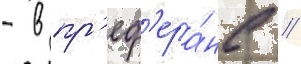
- в пр'еф'ера́нс //